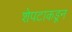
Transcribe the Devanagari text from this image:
शेपटाकडून